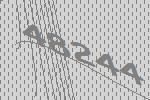
48244